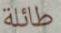
طائلة